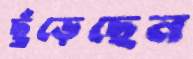
ছুঁড়েছেন